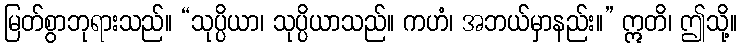
မြတ်စွာဘုရားသည်။ “သုပ္ပိယာ၊ သုပ္ပိယာသည်။ ကဟံ၊ အဘယ်မှာနည်း။” ဣတိ၊ ဤသို့။